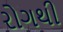
રોગથી